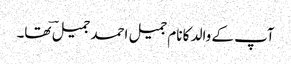
آپ کے والد کا نام جمیل احمد جمیلؔ تھا۔